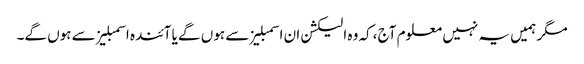
مگر ہمیں یہ نہیں معلوم آج ،کہ وہ الیکشن ان اسمبلیز سے ہوں گے یا آئندہ اسمبلیز سے ہوں گے۔